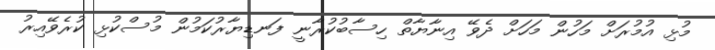
މުޅި އުމުރަށް މަހުން މަހަށް ދެވޭ އިނާޔާތް ހިސާބުކުރާނީ ފަނޑިޔާރުކަމުން މުސްކުޅި ކުރެވޭއިރު